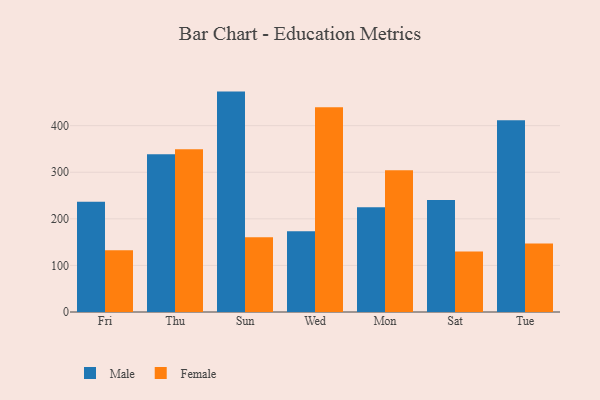
{"axis": {"x": "Day", "y": "Inventory Turnover"}, "legend": ["Female", "Male"], "data": [{"x": "Fri", "y": 236.7, "type": "Male"}, {"x": "Fri", "y": 132.7, "type": "Female"}, {"x": "Thu", "y": 338.5, "type": "Male"}, {"x": "Thu", "y": 349.1, "type": "Female"}, {"x": "Sun", "y": 473.1, "type": "Male"}, {"x": "Sun", "y": 160.7, "type": "Female"}, {"x": "Wed", "y": 173.6, "type": "Male"}, {"x": "Wed", "y": 439.3, "type": "Female"}, {"x": "Mon", "y": 224.6, "type": "Male"}, {"x": "Mon", "y": 304.1, "type": "Female"}, {"x": "Sat", "y": 240.5, "type": "Male"}, {"x": "Sat", "y": 129.7, "type": "Female"}, {"x": "Tue", "y": 411.5, "type": "Male"}, {"x": "Tue", "y": 146.8, "type": "Female"}]}